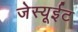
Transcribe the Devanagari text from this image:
जेस्यूईट